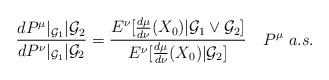
LaTeX: \begin{align*}&\frac{dP^{\mu}|_{\mathcal{G}_{1}}|\mathcal{G}_{2}}{dP^{\nu}|_{\mathcal{G}_{1}}|\mathcal{G}_{2}} =\frac{E^{\nu}[\frac{d\mu}{d\nu}(X_{0})|\mathcal{G}_{1} \vee \mathcal{G}_{2}]}{E^{\nu}[\frac{d\mu}{d\nu}(X_{0})|\mathcal{G}_{2}]}~~~P^{\mu}~a.s.\end{align*}